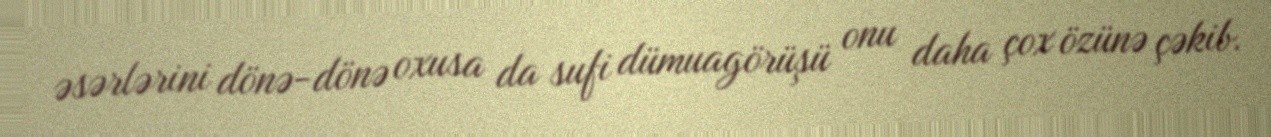
əsərlərini dönə-dönə oxusa da sufi dümuagörüşü onu daha çox özünə çəkib.